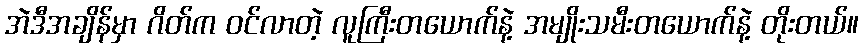
အဲဒီအချိန်မှာ ဂိတ်က ဝင်လာတဲ့ လူကြီးတယောက်နဲ့ အမျိုးသမီးတယောက်နဲ့ တိုးတယ်။